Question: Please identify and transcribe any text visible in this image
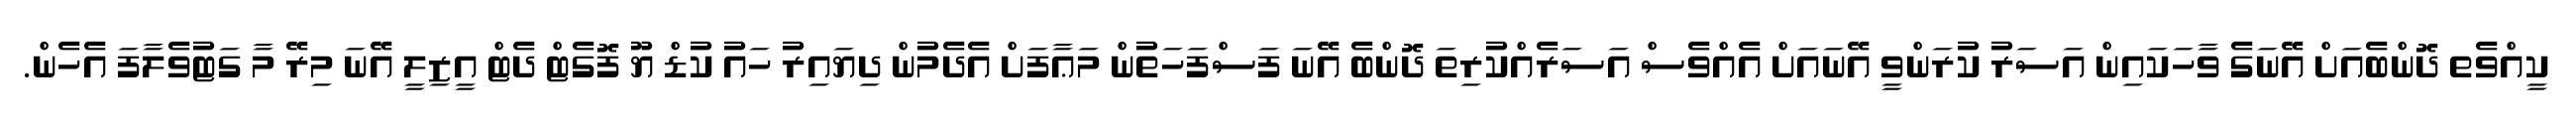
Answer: ކީއްވެތ ދޮންބެއަށް އޭނަގެ ވާހަކައިން އަސަރު ކުރަންވީ އޭނައަށް އެއްވެސް އަސަރެއްކުރިތަ ދޮންބެ އޭނަ ފަސްފަހަތުން މަޢާފަށް އެދެމުން ދިޔައިރު ހައު ކުޑް ޔޫ ފޮގެޓް ދެޓް އީޒިލީ އޭނަ މިރޭ މާ ގަޓުވެލާފަ އެހެން.